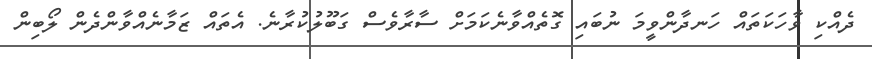
ދެއްކި ވާހަކަތައް ހަނދާންވީމަ ނުބައި ގޮތެއްވާނެކަމަށް ސާރާވެސް ގަބޫލުކުރާނެ. އެތައް ޒަމާނެއްވާންދެން ލޯބިން